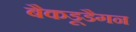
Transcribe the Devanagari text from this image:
बैकडूडैगन